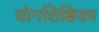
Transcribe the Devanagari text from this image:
योगशिक्षिका